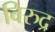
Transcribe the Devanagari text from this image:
विरुद्र